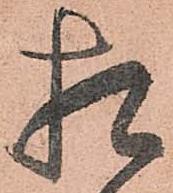
相